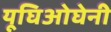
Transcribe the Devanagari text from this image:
यूघिओघेनी